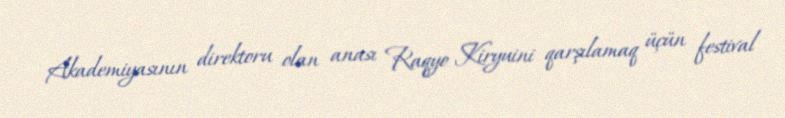
Akademiyasının direktoru olan anası Raqyo Kiryuini qarşılamaq üçün festival